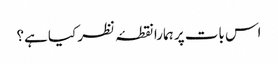
اس بات پر ہمارا نقطۂ نظر کیا ہے؟